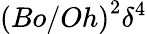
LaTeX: \left({Bo}/{Oh}\right)^{2}\delta^{4}